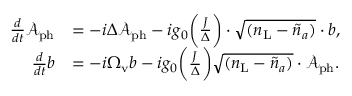
\begin{array} { r l } { \frac { d } { d t } \mathcal { A } _ { \mathrm { p h } } } & { = - i \Delta \mathcal { A } _ { \mathrm { p h } } - i g _ { 0 } \bigg ( \frac { J } { \Delta } \bigg ) \cdot \sqrt { ( { n } _ { \mathrm { L } } - \tilde { n } _ { a } ) } \cdot b , } \\ { \frac { d } { d t } b } & { = - i \Omega _ { \mathrm { v } } b - i g _ { 0 } \bigg ( \frac { J } { \Delta } \bigg ) \sqrt { ( { n } _ { \mathrm { L } } - \tilde { n } _ { a } ) } \cdot \mathcal { A } _ { \mathrm { p h } } . } \end{array}